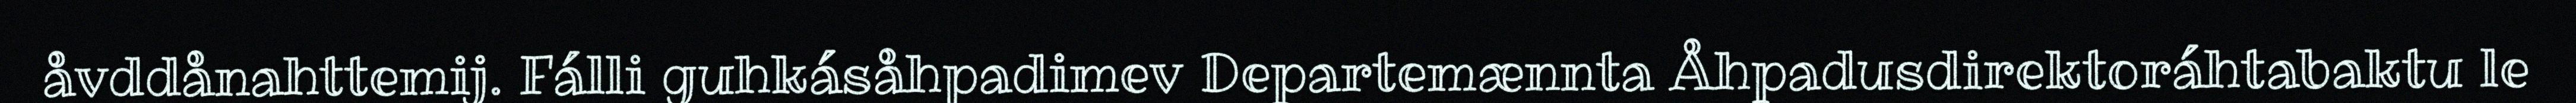
åvddånahttemij. Fálli guhkásåhpadimev Departemænnta Åhpadusdirektoráhtabaktu le